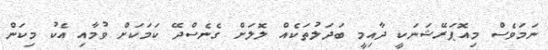
ނަމަވެސް މިއޮޕަރޭޝަނަކީ ދާއިމީ ބަދަލުތަކެއް ލޮަލަށް ގެނެސްދޭ ކަމަކަށް ވުމާއި އެކު މިކަން